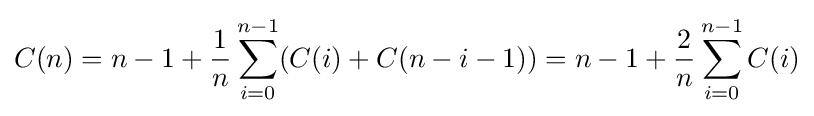
C(n)=n-1+{\frac {1}{n}}\sum _{i=0}^{n-1}(C(i)+C(n-i-1))=n-1+{\frac {2}{n}}\sum _{i=0}^{n-1}C(i)